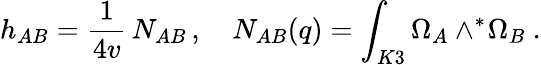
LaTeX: h_{AB}=\frac{1}{4v}\, N_{AB}\, ,\quad N_{AB}(q)=\int_{K3}\Omega_{A}\wedge^{*}\! \Omega_{B}\ .